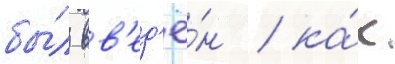
бы́л вв'ед'ё́н / ка́к